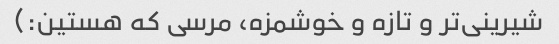
شیرینی‌تر و تازه و خوشمزه، مرسی که هستین:)